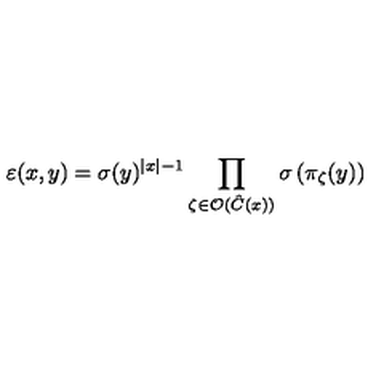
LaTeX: \varepsilon ( x , y ) = \sigma ( y ) ^ { \left| x \right| - 1 } \prod _ { \zeta \in \mathcal { O } ( \hat { C } ( x ) ) } \sigma \left( \pi _ { \zeta } ( y ) \right)